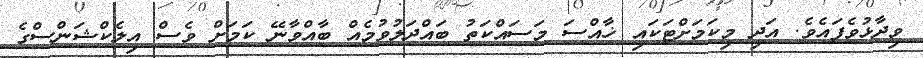
ވިދާޅުވެފައެވެ. އަދި މިކަމަށްޓަކައި ޚާއްސަ މަސައްކަތު ބައްދަލުވުމެއް ބާއްވާނޭ ކަމަށް ވެސް އިލެކްޝަންސްގެ